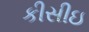
કીસીઇ